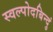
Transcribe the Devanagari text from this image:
स्वल्पोदबिन्दुं